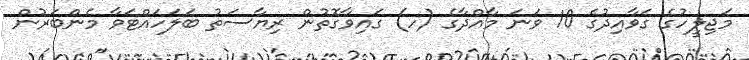
މަޖިލީހުގެ ގަވާއިދުގެ 10 ވަނަ މާއްދާގެ (ހ) ގައިވާގޮތުން ރިޔާސަތު ބަލަހައްޓަވާ މެންބަރުން